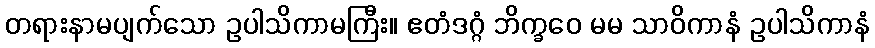
တရားနာမပျက်သော ဥပါသိကာမကြီး။ ဧတံဒဂ္ဂံ ဘိက္ခဝေ မမ သာဝိကာနံ ဥပါသိကာနံ